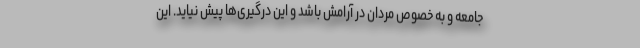
جامعه و به خصوص مردان در آرامش باشد و این درگیری‌ها پیش نیاید. این